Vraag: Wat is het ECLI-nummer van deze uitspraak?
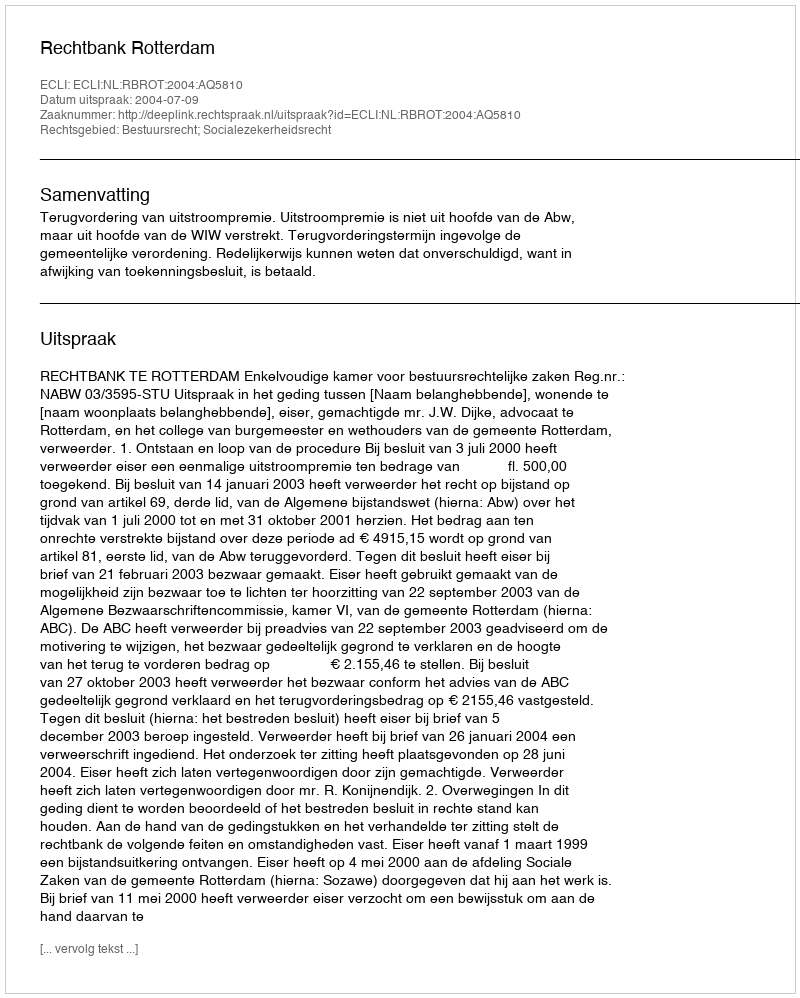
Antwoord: ECLI:NL:RBROT:2004:AQ5810